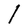
Character: l